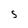
Character: S